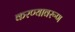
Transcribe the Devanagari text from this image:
करण्यावरूण